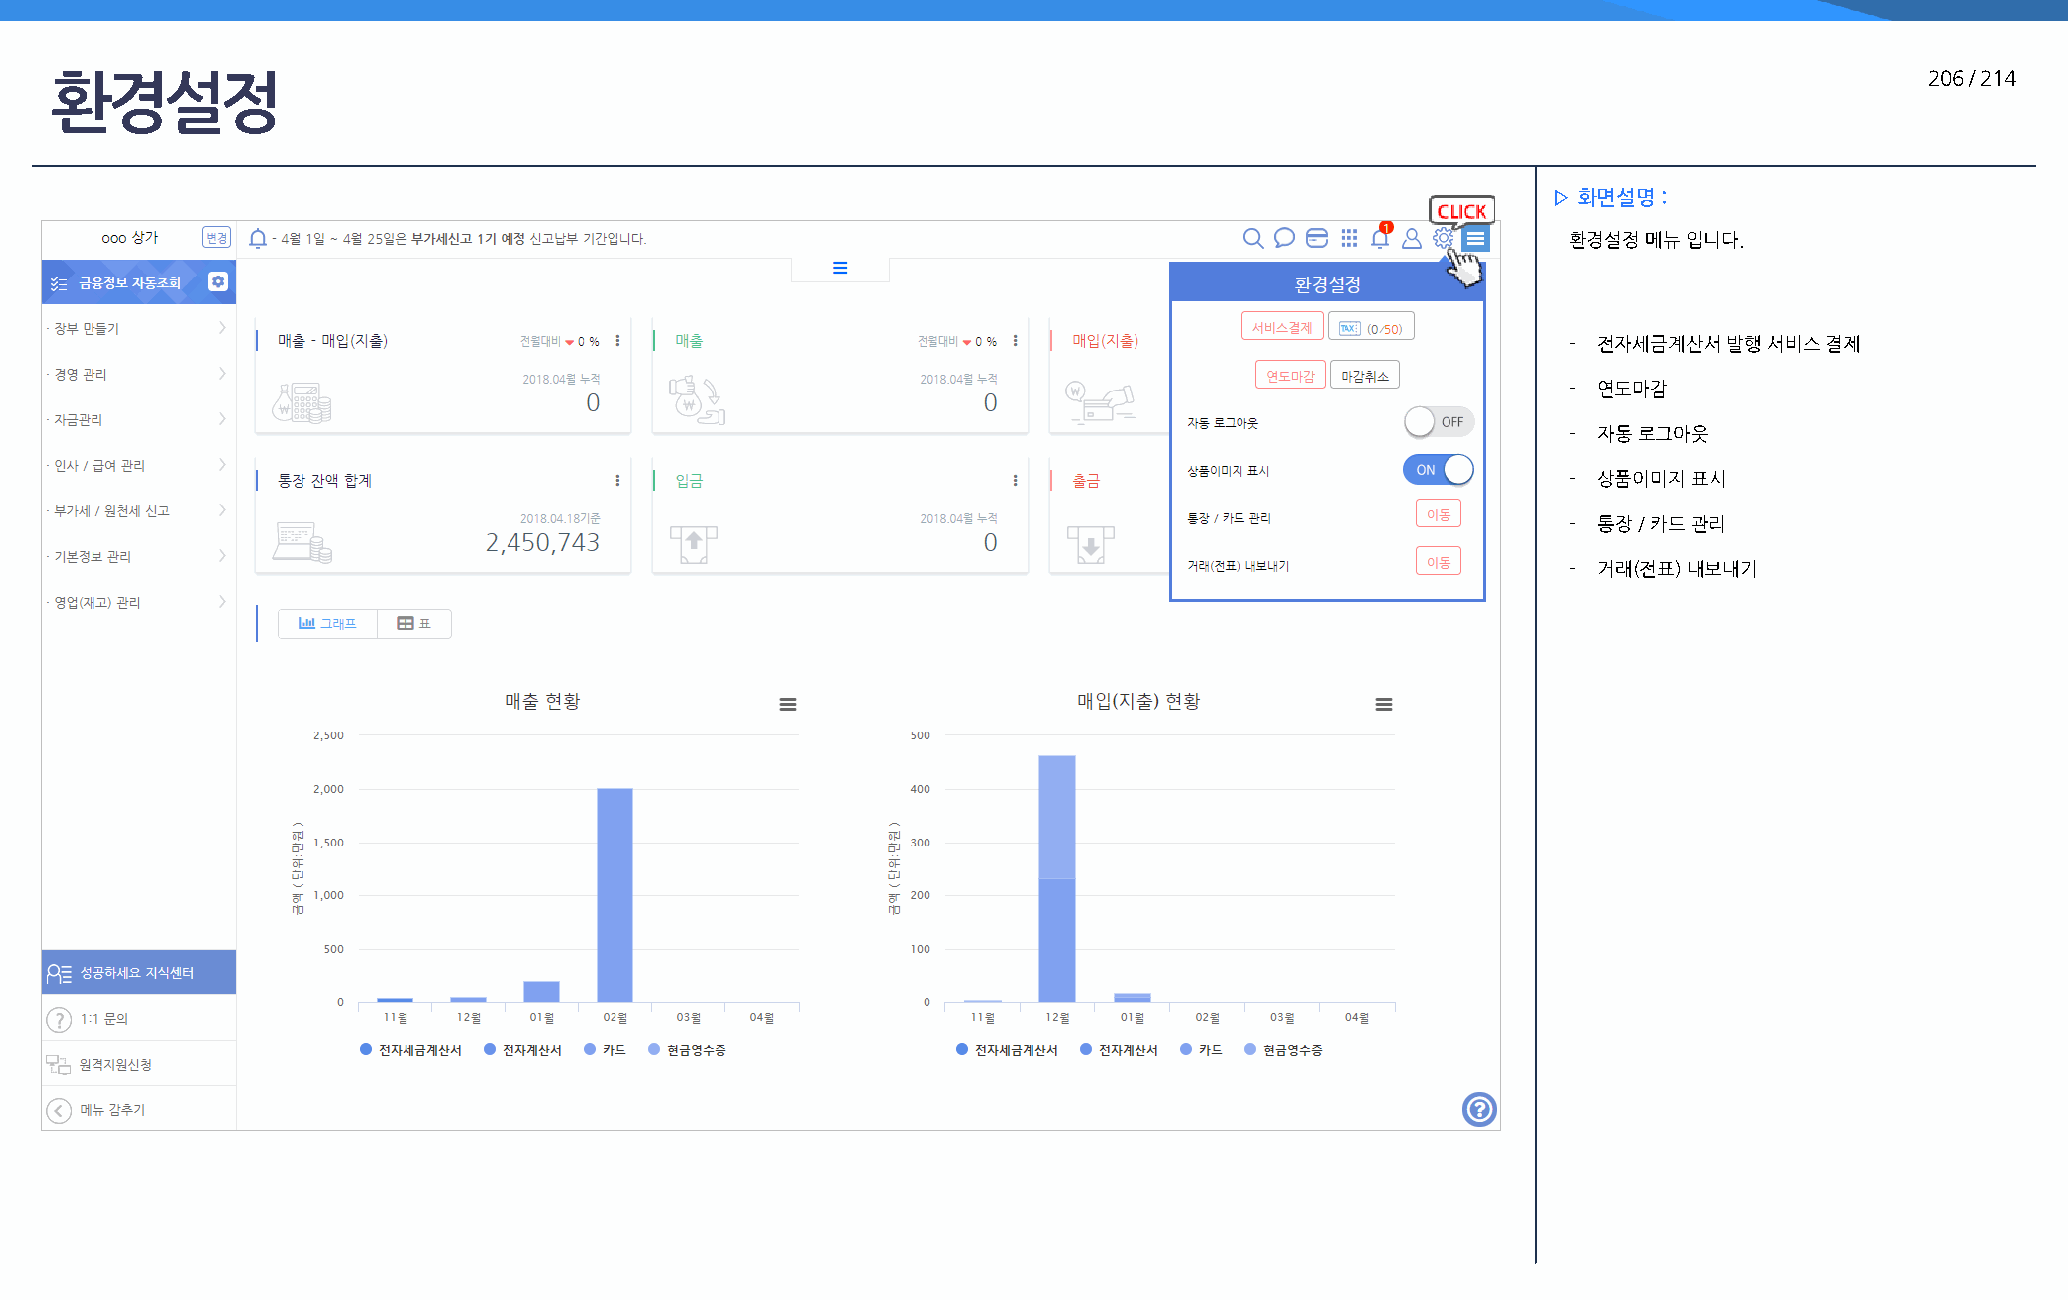
환경설정                                                                                                                         206 / 214
 ▷ 화면설명 :
 환경설정 메뉴 입니다.
 - 전자세금계산서 발행 서비스 결제
 - 연도마감
 - 자동 로그아웃
 - 상품이미지 표시
 - 통장 / 카드 관리
 - 거래(전표) 내보내기